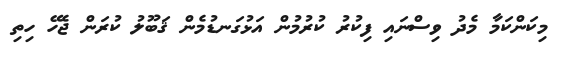
މިކަންކަމާ މެދު ވިސްނައި ފިކުރު ކުރުމުން އަޅުގަނޑުމެން ޤަބޫލު ކުރަން ޖެހޭ ހިތި